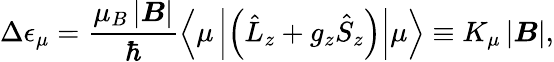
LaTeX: \Delta\epsilon_{\mu}=\frac{\mu_{B}\left|\boldsymbol B\right|}{\hbar}\left<\mu\left|\left(\hat{L}_{z}+g_{z}\hat{S}_{z}\right)\right|\mu\right>\equiv K_{\mu}\left|\boldsymbol B\right|,